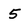
Character: 5